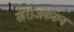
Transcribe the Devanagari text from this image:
खेरीजकरून